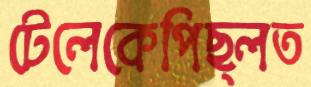
টেলেকেপিছ্‌লত